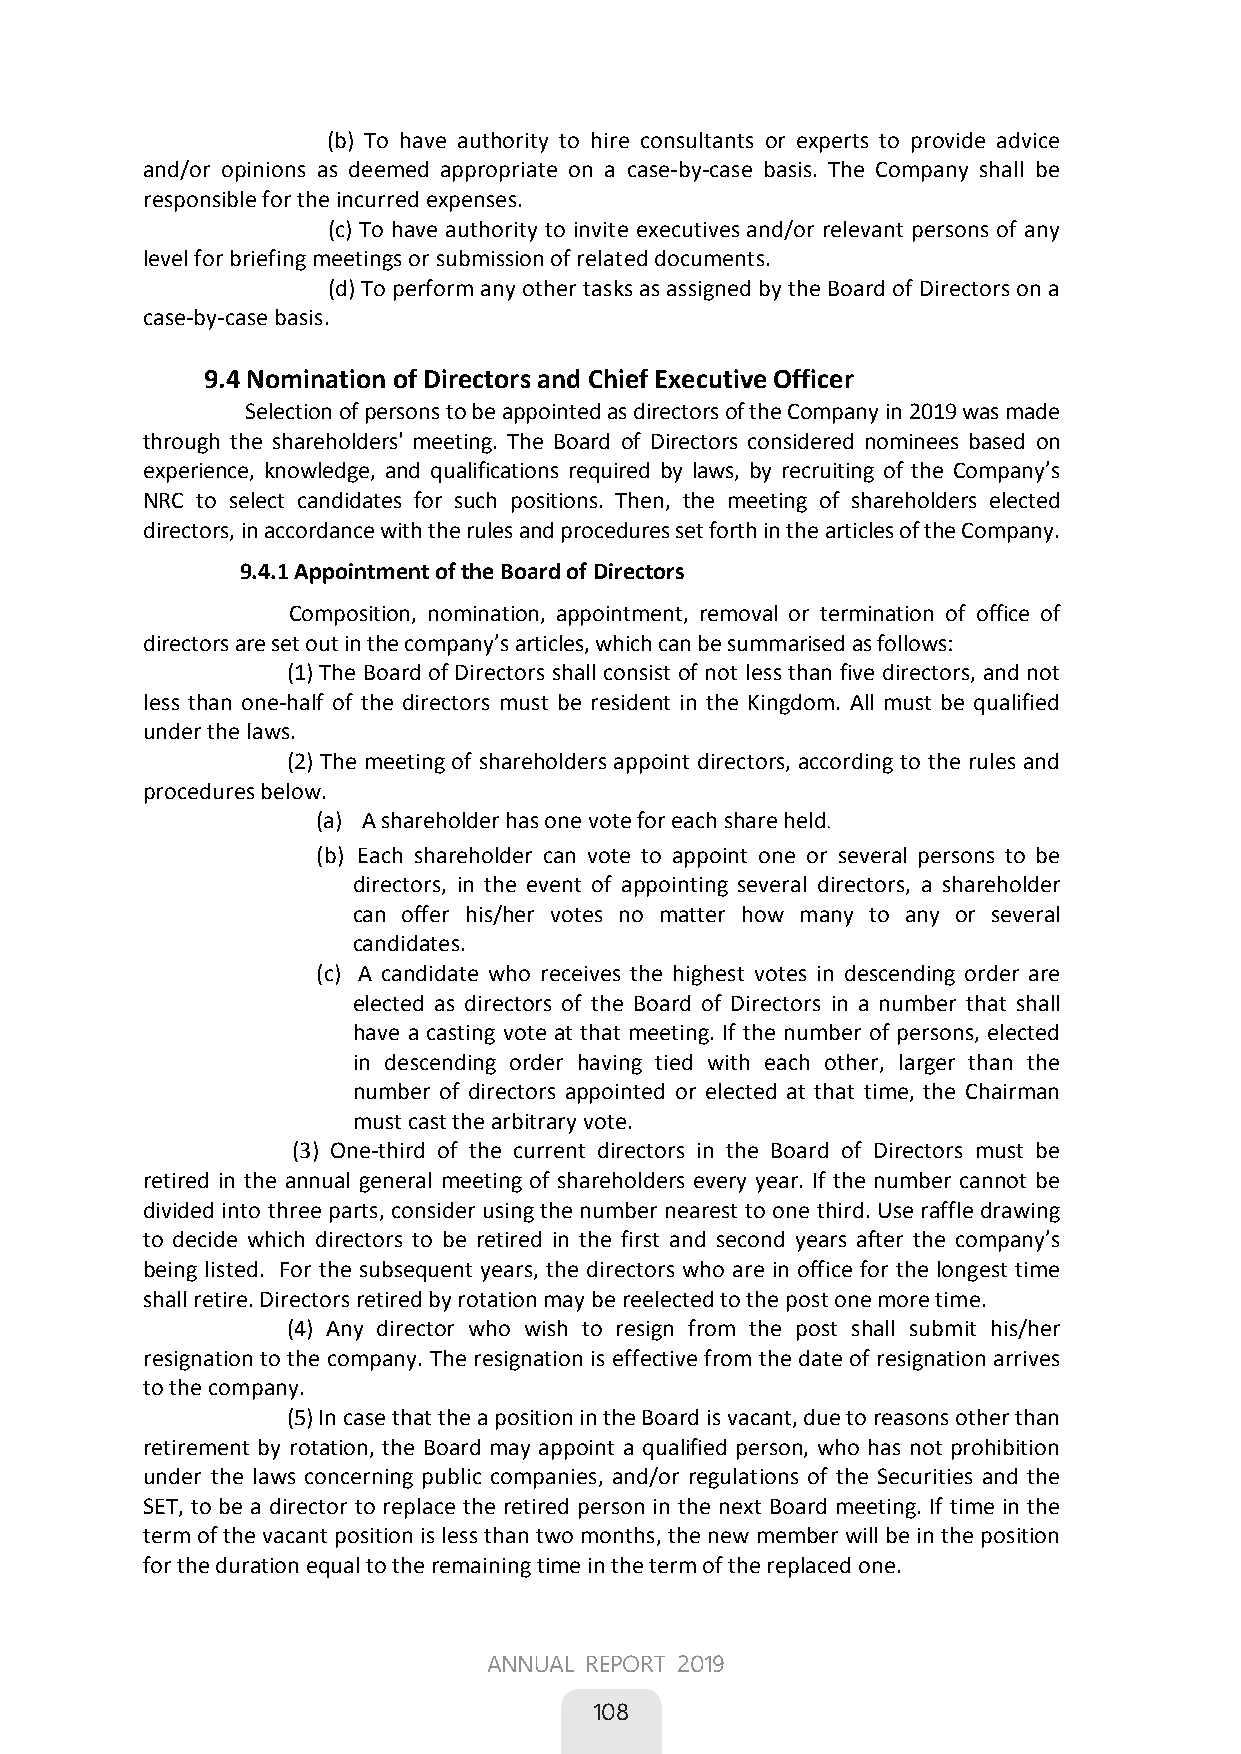
(b) To have authority to hire consultants or experts to provide advice
 and/or opinions as deemed appropriate on a case-by-case basis. The Company shall be
 responsible for the incurred expenses.
 (c) To have authority to invite executives and/or relevant persons of any
 level for briefing meetings or submission of related documents.
 (d) To perform any other tasks as assigned by the Board of Directors on a
 case-by-case basis.
    9.4 Nomination of Directors and Chief Executive Officer
       Selection of persons to be appointed as directors of the Company in 2019was made
 through the shareholders' meeting. The Board of Directors considered nominees based on
 experience, knowledge, and qualifications required by laws, by recruiting of the Company’s
 NRC to select candidates for such positions. Then, the meeting of shareholders elected
 directors, in accordance with the rules and procedures set forth in the articles of the Company.
 9.4.1 Appointment of the Board of Directors
        Composition, nomination, appointment, removal or termination of office of
 directors are set out in the company’s articles, which can be summarised as follows:
 (1) The Board of Directors shall consist of not less than five directors, and not
 less than one-half of the directors must be resident in the Kingdom. All must be qualified
 under the laws.
 (2) The meeting of shareholders appoint directors, according to the rules and
 procedures below.
 (a) A shareholder has one vote for each share held
 (b) Each shareholder can vote to appoint one or several persons to be
 directors, in the event of appointing several directors, a shareholder
 can offer his/her votes no matter how many to any or several
 candidates.
 (c) A candidate who receives the highest votes in descending order are
 elected as directors of the Board of Directors in a number that shall
 have a casting vote at that meeting. If the number of persons, elected
 in descending order having tied with each other, larger than the
 number of directors appointed or elected at that time, the Chairman
 must cast the arbitrary vote.
 (3) One-third of the current directors in the Board of Directors must be
 retired in the annual general meeting of shareholders every year. If the number cannot be
 divided into three parts, consider using the number nearest to one third. Use raffle drawing
 to decide which directors to be retired in the first and second years after the company’s
 being listed. For the subsequent years, the directors who are in office for the longest time
 shall retire. Directors retired by rotation may be reelected to the post one more time.
 (4) Any director who wish to resign from the post shall submit his/her
 resignation to the company. The resignation is effective from the date of resignation arrives
 to the company.
 (5) In case that the a position in the Board is vacant, due to reasons other than
 retirement by rotation, the Board may appoint a qualified person, who has not prohibition
 under the laws concerning public companies, and/or regulations of the Securities and the
 SET, to be a director to replace the retired person in the next Board meeting. If time in the
 term of the vacant position is less than two months, the new member will be in the position
 for the duration equal to the remaining time in the term of the replaced one.
 70
 ANNUAL REPORT 2019
 
 108